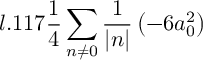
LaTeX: l . 1 1 7 \frac { 1 } { 4 } \sum _ { n \neq 0 } \frac { 1 } { | n | } \left( - 6 a _ { 0 } ^ { 2 } \right)